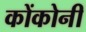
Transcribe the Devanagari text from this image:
कोंकोनी